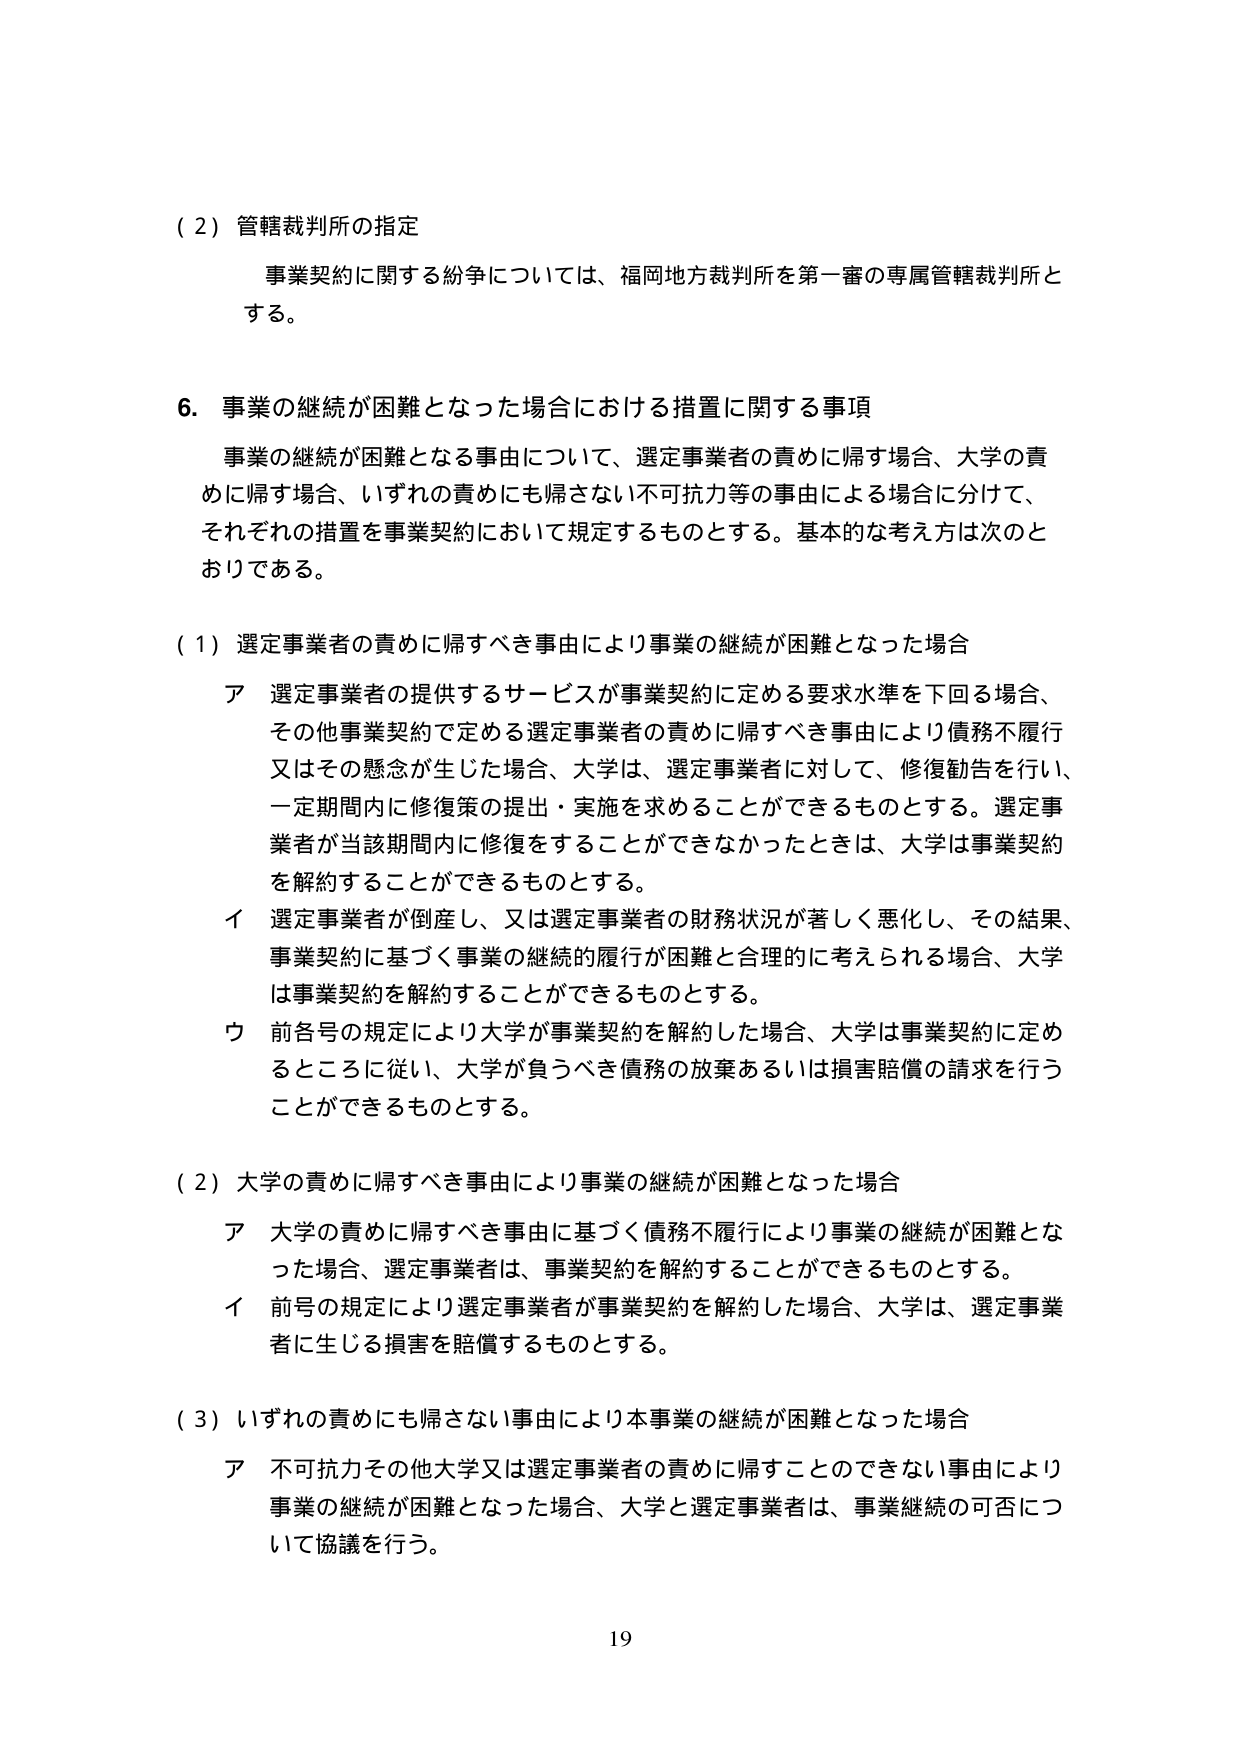
（２）管轄裁判所の指定
事業契約に関する紛争については、福岡地方裁判所を第一審の専属管轄裁判所とする。

６．事業の継続が困難となった場合における措置に関する事項
事業の継続が困難となる事由について、選定事業者の責めに帰す場合、大学の責めに帰す場合、いずれの責めにも帰さない不可抗力等の事由による場合に分けて、それぞれの措置を事業契約において規定するものとする。基本的な考え方は次のとおりである。

（１）選定事業者の責めに帰すべき事由により事業の継続が困難となった場合
ア 選定事業者の提供するサービスが事業契約に定める要求水準を下回る場合、その他事業契約で定める選定事業者の責めに帰すべき事由により債務不履行又はその懸念が生じた場合、大学は、選定事業者に対して、修復勧告を行い、一定期間内に修復策の提出・実施を求めることができるものとする。選定事業者が当該期間内に修復をすることができなかったときは、大学は事業契約を解約することができるものとする。
イ 選定事業者が倒産し、又は選定事業者の財務状況が著しく悪化し、その結果、事業契約に基づく事業の継続的履行が困難と合理的に考えられる場合、大学は事業契約を解約することができるものとする。
ウ 前各号の規定により大学が事業契約を解約した場合、大学は事業契約に定めるところに従い、大学が負うべき債務の放棄あるいは損害賠償の請求を行うことができるものとする。

（２）大学の責めに帰すべき事由により事業の継続が困難となった場合
ア 大学の責めに帰すべき事由に基づく債務不履行により事業の継続が困難となった場合、選定事業者は、事業契約を解約することができるものとする。
イ 前号の規定により選定事業者が事業契約を解約した場合、大学は、選定事業者に生じる損害を賠償するものとする。

（３）いずれの責めにも帰さない事由により本事業の継続が困難となった場合
ア 不可抗力その他大学又は選定事業者の責めに帰すことができない事由により事業の継続が困難となった場合、大学と選定事業者は、事業継続の可否について協議を行う。

19